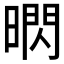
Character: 𱢚